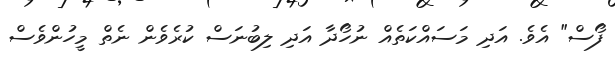
ފޯސް" އެވެ. އަދި މަސައްކަތެއް ނުހޯދާ އަދި ލިބުނަސް ކުރެވެން ނެތް މީހުންވެސް